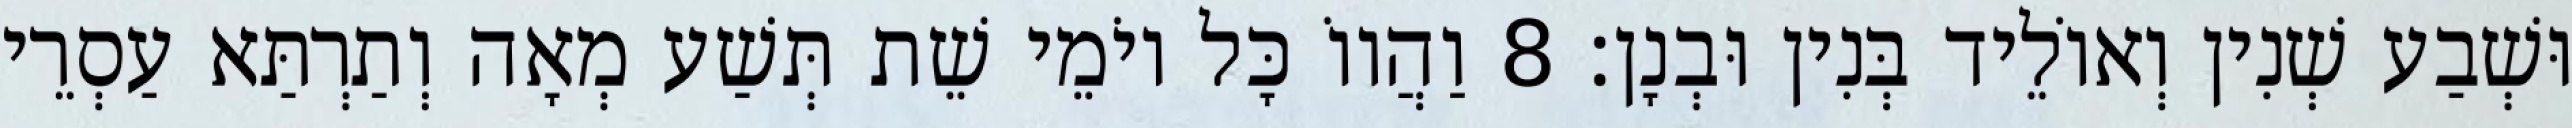
וּשְׁבַע שְׁנִין וְאוֹלֵיד בְּנִין וּבְנָן׃ 8 וַהֲווֹ כָּל יוֹמֵי שֵׁת תְּשַׁע מְאָה וְתַרְתַּא עַסְרֵי